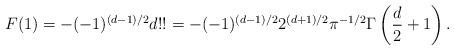
LaTeX: \begin{align*}F(1)=-(-1)^{(d-1)/2}d!!=-(-1)^{(d-1)/2}2^{(d+1)/2}\pi^{-1/2}\Gamma\left({d\over2}+1\right).\end{align*}